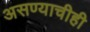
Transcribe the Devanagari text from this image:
असण्याचीही